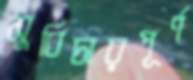
সুবিচারপূর্ণ